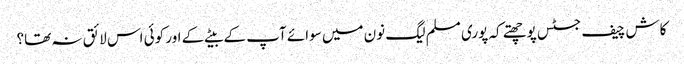
کاش چیف جسٹس پوچھتے کہ پوری مسلم لیگ نون میں سوائے آپ کے بیٹے کے اور کوئی اس لائق نہ تھا؟